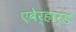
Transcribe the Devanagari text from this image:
एबेर्हार्ड